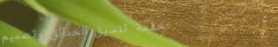
خدمة تنسيق الحدائق وتصميم